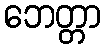
ဘေတ္တာ